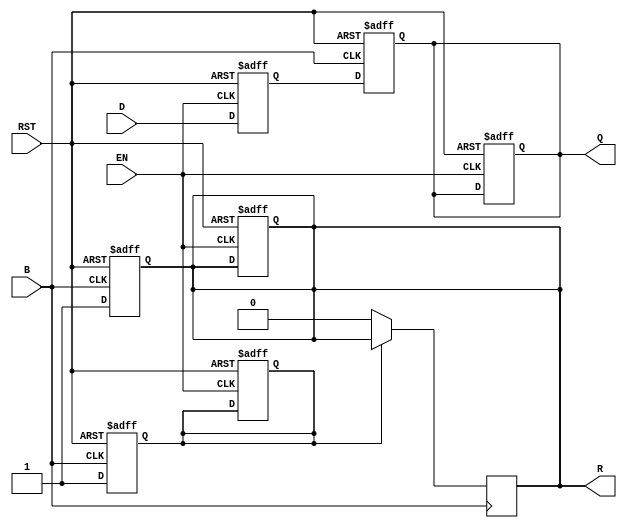
module BarrierRegister #(
    parameter N = 4 // Number of data inputs/outputs
)(
    input  wire [N-1:0] D,      // Data inputs
    input  wire EN,              // Enable signal
    input  wire B,               // Barrier signal
    input  wire RST,             // Asynchronous reset
    output reg  [N-1:0] Q,       // Data outputs
    output reg  R                // Ready signal
);

    reg [N-1:0] data_storage;     // Internal storage for data
    reg barrier_met;              // Internal flag for barrier condition

    // Asynchronous reset and data capture
    always @(posedge EN or posedge RST) begin
        if (RST) begin
            data_storage <= {N{1'b0}}; // Clear storage on reset
            Q <= {N{1'b0}};            // Clear outputs on reset
            R <= 1'b0;                 // Clear ready signal
            barrier_met <= 1'b0;       // Reset barrier flag
        end else if (EN) begin
            data_storage <= D;         // Latch data when enabled
        end
    end

    // Barrier logic
    always @(posedge B or posedge RST) begin
        if (RST) begin
            barrier_met <= 1'b0;       // Reset barrier flag
            Q <= {N{1'b0}};            // Clear outputs on reset
            R <= 1'b0;                 // Clear ready signal
        end else begin
            barrier_met <= 1'b1;       // Set barrier flag when B is asserted
            Q <= data_storage;         // Release stored data to outputs
            R <= 1'b1;                 // Assert ready signal
        end
    end

    // Resetting the ready signal when the barrier is not met
    always @(negedge B) begin
        if (!barrier_met) begin
            R <= 1'b0;                 // Clear ready signal if barrier is not met
        end
    end

endmodule